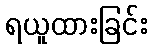
ရယူထားခြင်း